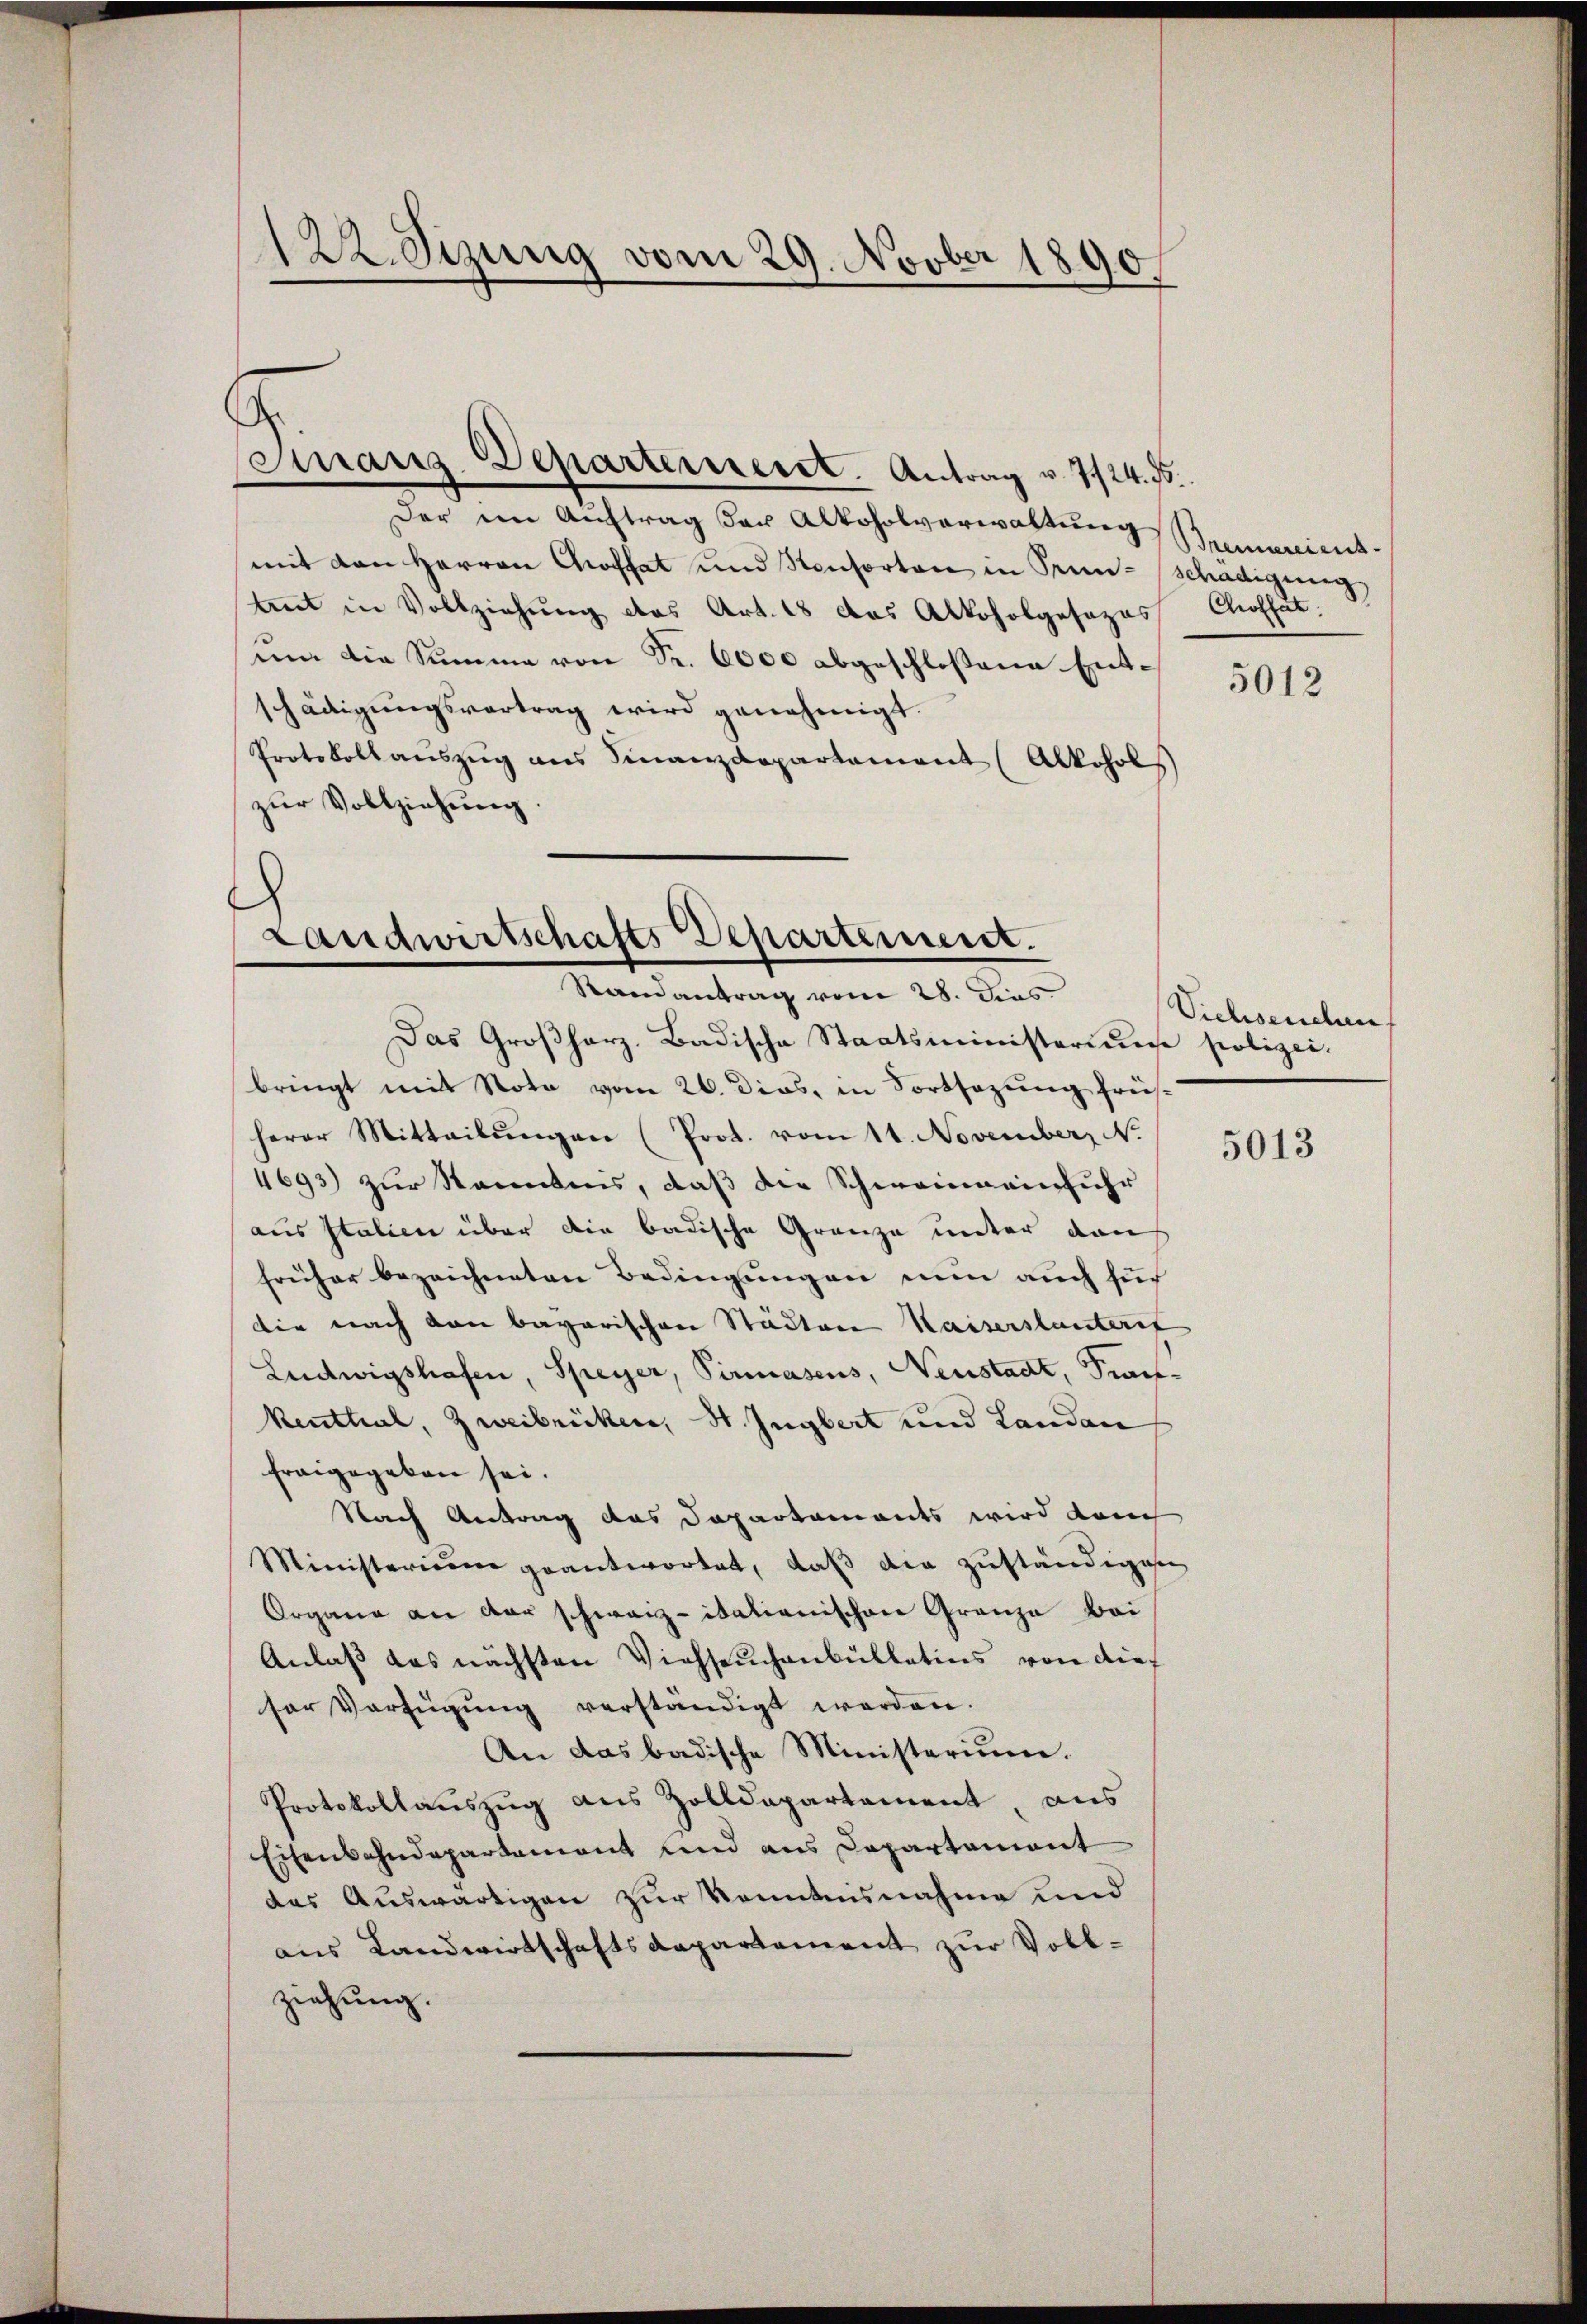
122. Sizung vom 29. Novber 1890

Finanz-Departerneret. Antrag v. 7124. 75.
Der im Auftrag der Alkoholverwaltung
mit von Herren Choffet und Konsorten in Trun- schädigung
brent in Vollziehung des Art. 18 das Alkoholgesezes
um die Summe von Fr. 6000 abgeschloßene Entschädigungsvortrag wird genehmigt.
Protokoll aŭszŭg ans Finanzdepartement (Alkohols
zŭr Vollziehung.
Das Großherz. Badische Staatsministerium polizei-
bringt mit Nota vom 26. Dias, in Fortsazung frühherer Mitteilŭngen (Prot. vom 11. November N.
4693) zur Kenntnis, daß die Schweineinfuhr
aus Italien über die badische Granze unter den
früher bezeichneten Bedingungen nun auch sich
die nach den bayerischen Städten Kaiserstanterst
Ludwigshafen, Speyer, Pirmasens, Neustadt, Frankenthal, Zweibrücken, St. Jngbert und Landan
freigegeben sei.
Nach Antrag das Departaments wird danch
Ministerium geantwortet, daß die zuständigese
Organe an der schwarz- italienischen Granze bei
Anlaß das nächsten Viehseuchenbülletins von dief
ser Verfügŭng verständigt werden.
An das badische Ministerium.
Protokollauszug aus Zolldepartement aus
Eisenbahndepartement und aus Departement
das Auswärtigen zur Kenntnisnahme und
aus Landwirtschaftsdepartement zur Vollziehung.

Landwirtschafts-Departement.
Randantrag vom 28. Dies

Brennereient.
Chroffet.

5012

Viehseuchen,

5013